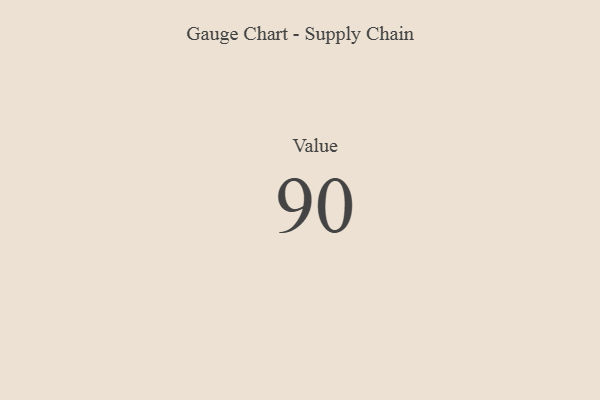
{"axis": {"x": "Metric", "y": "Value"}, "legend": [""], "data": [{"x": "Value", "y": 90, "type": ""}]}